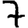
Digit: 7